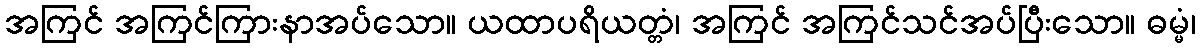
အကြင် အကြင်ကြားနာအပ်သော။ ယထာပရိယတ္တံ၊ အကြင် အကြင်သင်အပ်ပြီးသော။ ဓမ္မံ၊